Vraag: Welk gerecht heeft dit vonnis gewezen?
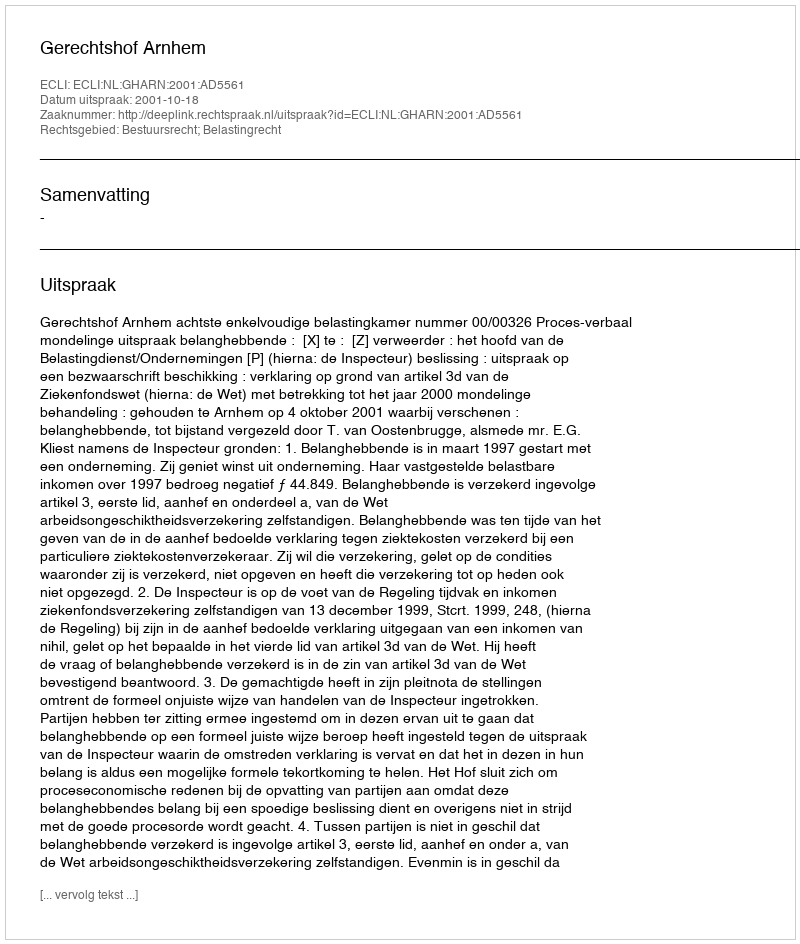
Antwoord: Gerechtshof Arnhem